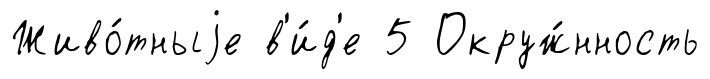
Живо́тныjе в'и́д'е 5 Окруж́нность